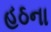
હઠના